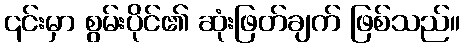
၎င်းမှာ စွမ်းပိုင်၏ ဆုံးဖြတ်ချက် ဖြစ်သည်။